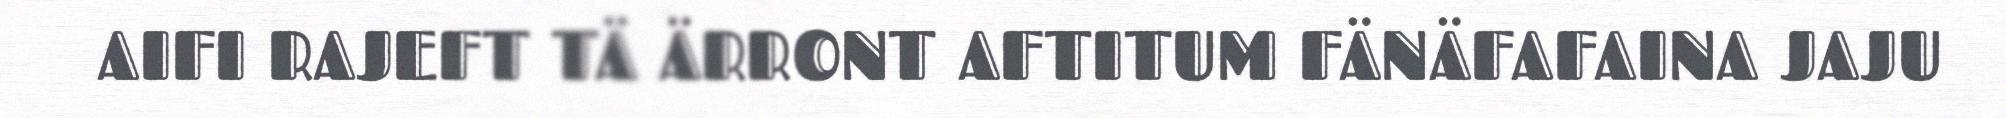
AIFI RAJEFT TÄ ÄRRONT AFTITUM FÄNÄFAFAINA JAJU